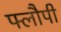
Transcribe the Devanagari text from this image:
फ्लौपी